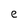
Character: e